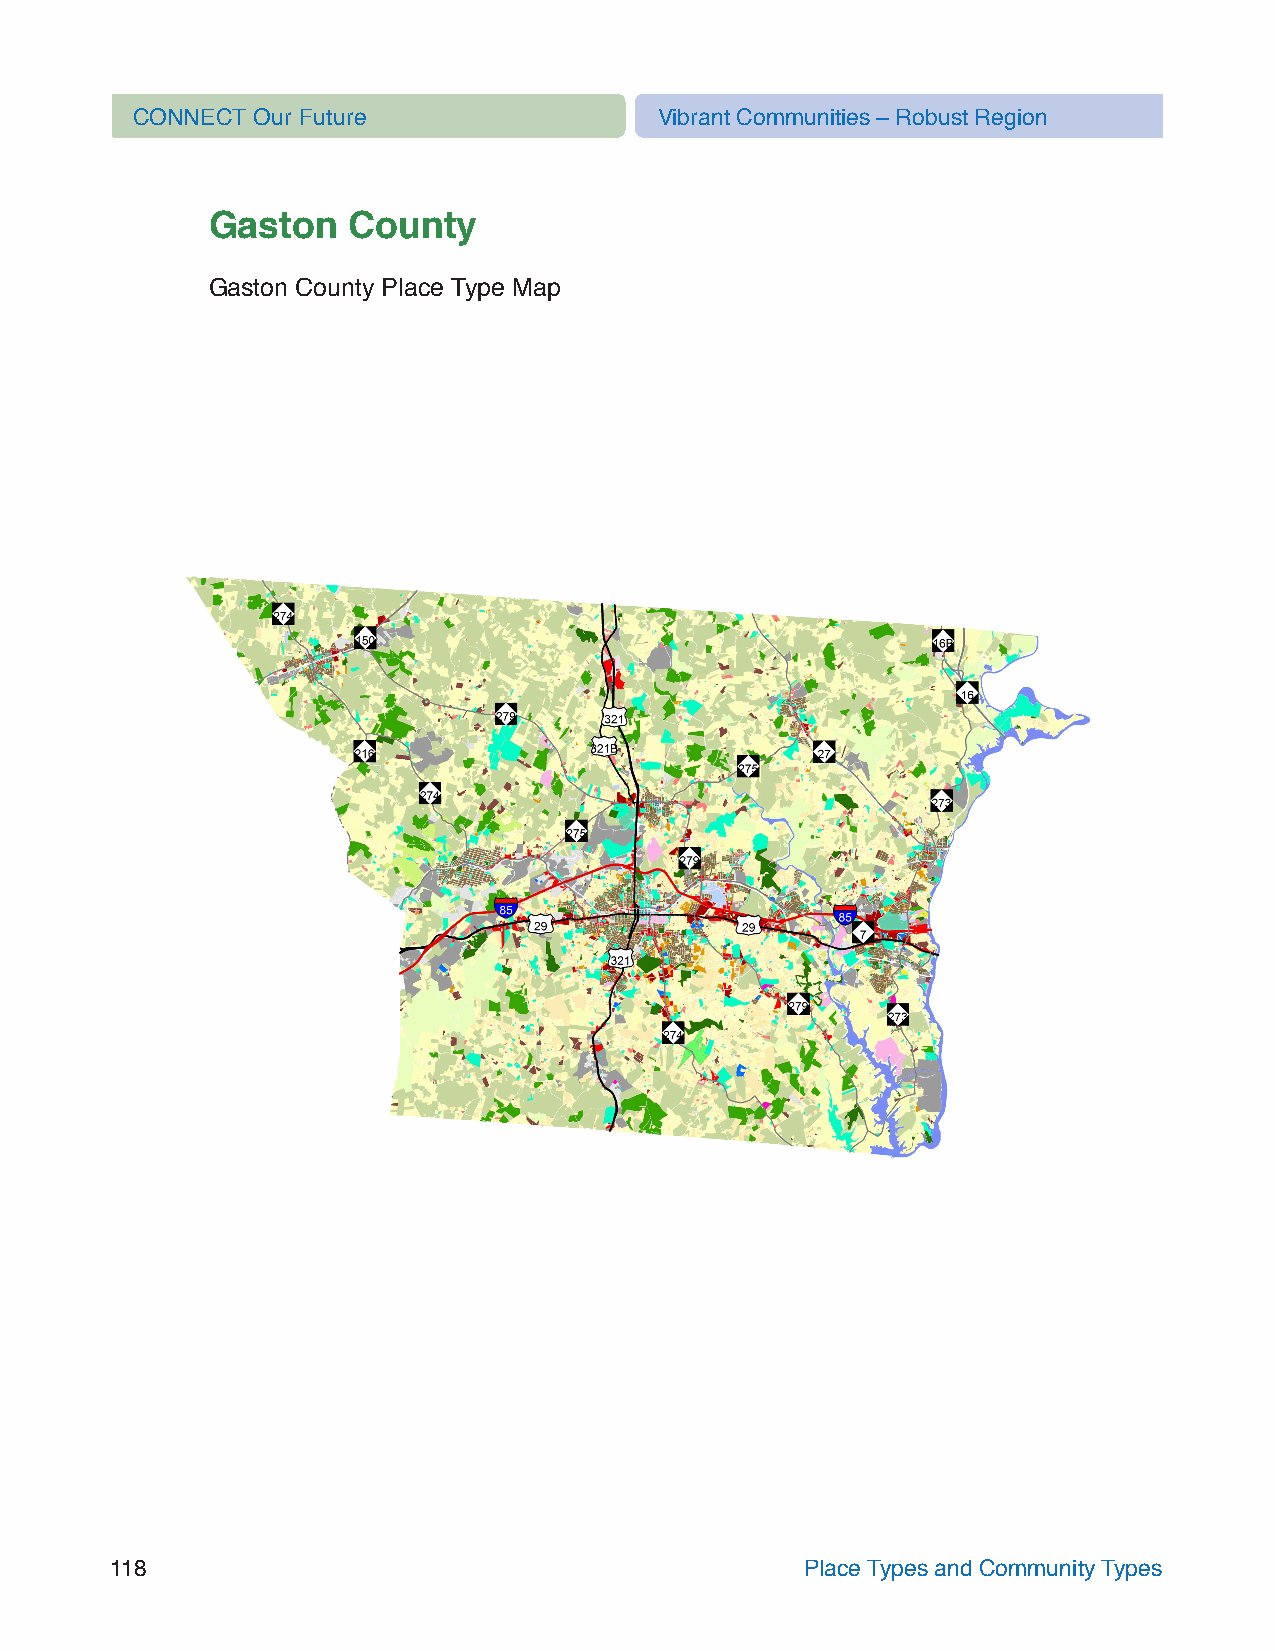
CONNECT Our Future                 Vibrant Communities – Robust Region
 Gaston   County
 Gaston County Place Type Map
 118                                           Place Types and Community Types